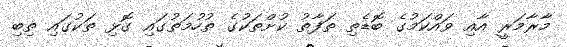
މާރާމަރީ އާއި ވައްކަމުގެ ބޮޑެތި ތަފާތު ކުށްތަކުގެ ތުހުމަތުގައި ގޮޅި ތަކުގައި ތިބި